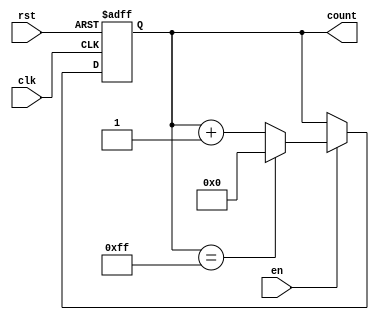
module MemoryBlocksUpCounter #(
    parameter WIDTH = 8,           // Bit width of the counter
    parameter INITIAL_VALUE = 0,   // Initial value of the counter
    parameter MAX_VALUE = 255       // Maximum value of the counter
)(
    input wire clk,                // Clock input
    input wire rst,                // Reset input
    input wire en,                 // Enable input
    output reg [WIDTH-1:0] count   // Current count output
);

    // Synchronous reset logic
    always @(posedge clk or posedge rst) begin
        if (rst) begin
            count <= INITIAL_VALUE; // Reset to initial value
        end else if (en) begin
            if (count == MAX_VALUE) begin
                count <= INITIAL_VALUE; // Wrap around to initial value
            end else begin
                count <= count + 1; // Increment the counter
            end
        end
    end

endmodule